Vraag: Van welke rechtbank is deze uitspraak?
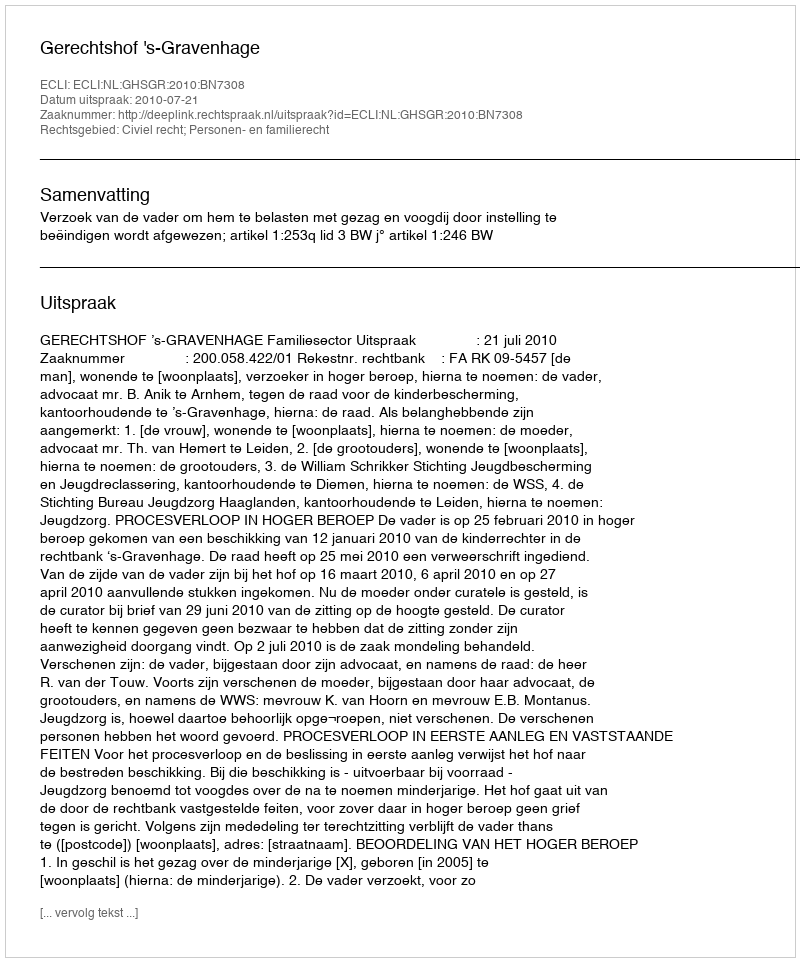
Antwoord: Gerechtshof 's-Gravenhage